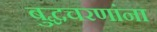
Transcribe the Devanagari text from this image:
बुद्धचरणांना